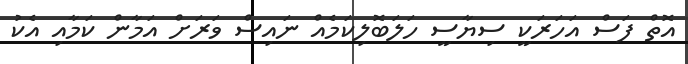
އޮތް ފަސް އަހަރަކީ ސިޔާސީ ހަލަބޮލިކަމެއް ނައިސް ވަރަށް އަމާން ކަމާއި އެކު